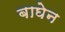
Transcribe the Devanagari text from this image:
बाघेन